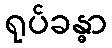
ရုပ်ခန္ဓာ